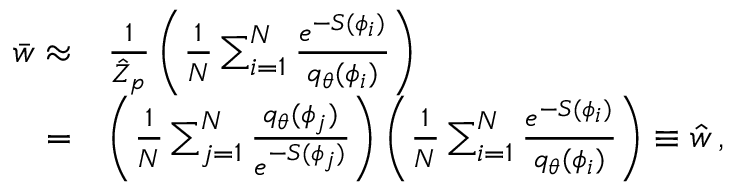
\begin{array} { r l } { \bar { w } \approx } & { \frac { 1 } { \hat { Z } _ { p } } \left( \frac { 1 } { N } \sum _ { i = 1 } ^ { N } \frac { e ^ { - S ( \phi _ { i } ) } } { { q } _ { \theta } ( \phi _ { i } ) } \right) } \\ { = } & { \left( \frac { 1 } { N } \sum _ { j = 1 } ^ { N } \frac { { q } _ { \theta } ( \phi _ { j } ) } { e ^ { - S ( \phi _ { j } ) } } \right) \left( \frac { 1 } { N } \sum _ { i = 1 } ^ { N } \frac { e ^ { - S ( \phi _ { i } ) } } { { q } _ { \theta } ( \phi _ { i } ) } \right) \equiv \hat { w } \, , } \end{array}